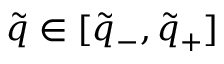
\tilde { q } \in [ \tilde { q } _ { - } , \tilde { q } _ { + } ]